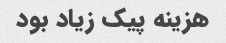
هزینه پیک زیاد بود